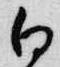
白